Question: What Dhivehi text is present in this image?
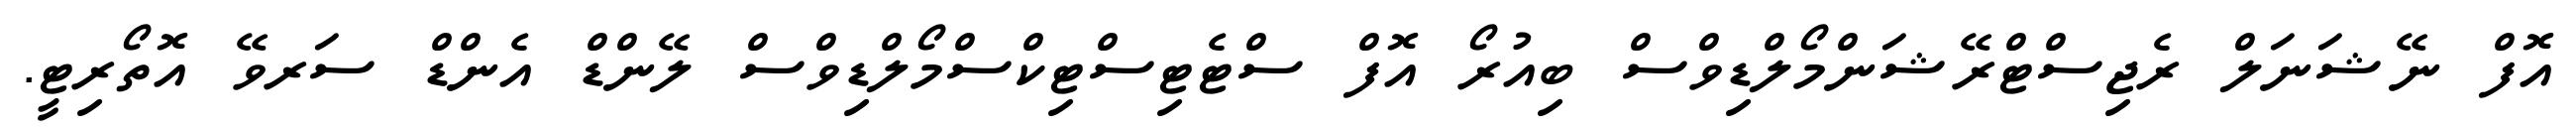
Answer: އޮފް ނޭޝަނަލް ރެޖިސްޓްރޭޝަންމޯލްޑިވްސް ބިއުރޯ އޮފް ސްޓެޓިސްޓިކްސްމޯލްޑިވްސް ލޭންޑް އެންޑް ސަރވޭ އޮތޯރިޓީ.